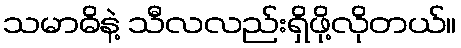
သမာဓိနဲ့ သီလလည်းရှိဖို့လိုတယ်။